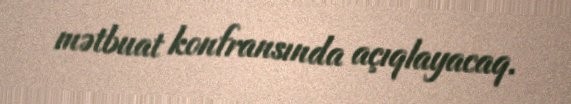
mətbuat konfransında açıqlayacaq.